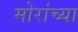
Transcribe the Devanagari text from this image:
मोरांच्या